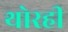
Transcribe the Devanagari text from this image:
थोरही